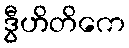
ဒွီဟိတိကေ